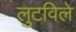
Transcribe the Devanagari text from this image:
लुटविले